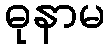
ဓုနာမ